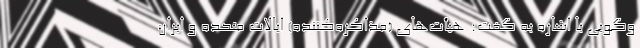
‌وگویی با اشاره به گفت: هیأت‌های (مذاکره‌کننده) ایالات متحده و ایران